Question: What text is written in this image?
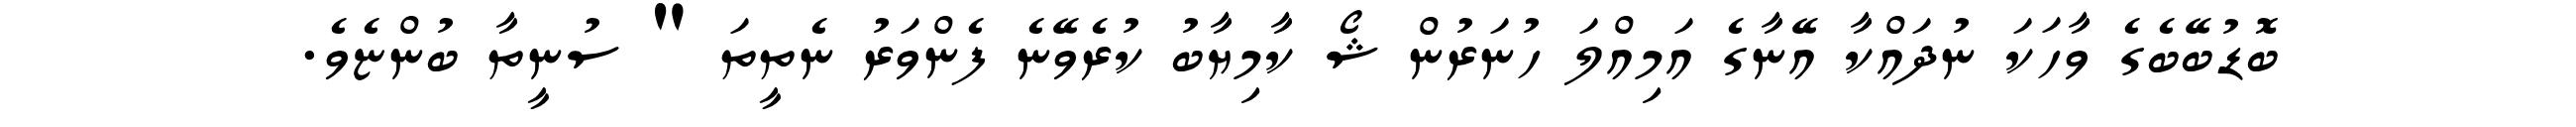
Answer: ބޮޑުބޭބެގެ ވާހަކަ ނުދައްކާ އޭނާގެ އަމިއްލަ ހުނަރުން ޝޯ ކާމިޔާބު ކުރެވޭނެ ފެންވަރު ނެތީތަ " ސުނީތާ ބުންޏެވެ.